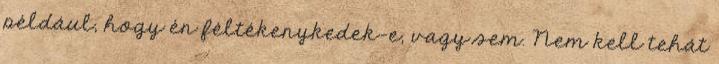
például, hogy én féltékenykedek-e, vagy sem. Nem kell tehát